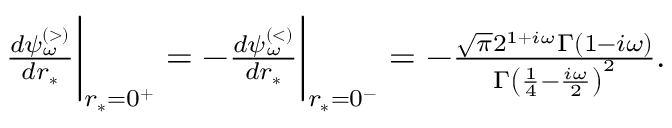
\begin{array} { r } { \frac { d \psi _ { \omega } ^ { \scriptscriptstyle ( > ) } } { d r _ { * } } \bigg | _ { r _ { * } = 0 ^ { + } } = - \frac { d \psi _ { \omega } ^ { \scriptscriptstyle ( < ) } } { d r _ { * } } \bigg | _ { r _ { * } = 0 ^ { - } } = - \frac { \sqrt { \pi } 2 ^ { 1 + i \omega } \Gamma ( 1 - i \omega ) } { \Gamma \left( \frac { 1 } { 4 } - \frac { i \omega } { 2 } \right) ^ { 2 } } . } \end{array}